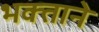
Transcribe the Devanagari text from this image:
भक्‍ताने